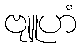
ဗျူဟံ